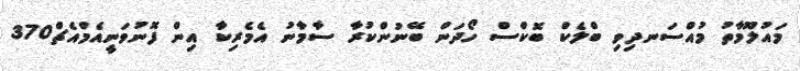
މައުލޫމާތު މުއްސަނދިވި ބްލެކް ބޮކްސް ހޯދަން ބޭނުންކުރާ ސާމާނު އެމެރިކާ އިން ފޮނުވަނީއެމްއެޗް370